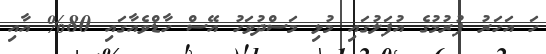
ހަ އަހަރު ފުރުމުގެ އުފަލުގައި މުޅި މަސްދުވަހު އޭސް ހާޑްވެއާގައި 80% އާއި